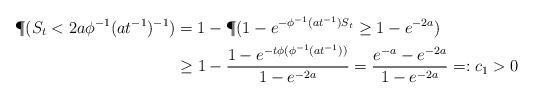
LaTeX: \begin{align*} \P(S_{t}< 2a\phi^{-1}(at^{-1})^{-1})&=1-\P(1-e^{-\phi^{-1}(at^{-1})S_{t}}\geq 1-e^{-2a})\\&\geq 1-\frac{1-e^{-t\phi(\phi^{-1}(at^{-1}))}}{1-e^{-2a}}=\frac{e^{-a}-e^{-2a}}{1-e^{-2a}}=:c_1>0\end{align*}